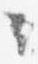
々